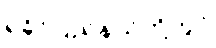
ရခိုင်ပြည်နယ်တို့တွင်